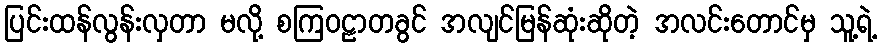
ပြင်းထန်လွန်းလှတာ မလို့ စကြဝဠာတခွင် အလျင်မြန်ဆုံးဆိုတဲ့ အလင်းတောင်မှ သူ့ရဲ့